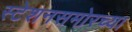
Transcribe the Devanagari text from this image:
स्टेशनसमोरच्या